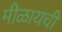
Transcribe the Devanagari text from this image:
मीळायची